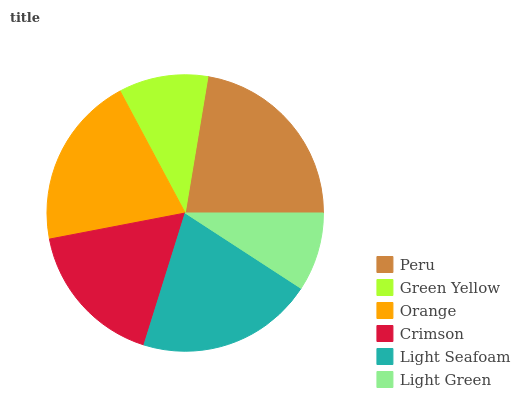
| Peru | Green Yellow | Orange | Crimson | Light Seafoam | Light Green |
 | --- | --- | --- | --- | --- | --- |
 | 22.4% | 10.4% | 20.2% | 17.2% | 20.7% | 9.17% |